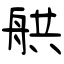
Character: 舼